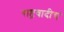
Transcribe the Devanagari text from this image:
राष्ट्रवादीचं